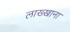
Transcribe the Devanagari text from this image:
लाख्खाना